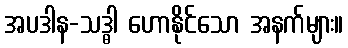
အပဒါန-သဒ္ဓါ ဟောနိုင်သော အနက်များ။